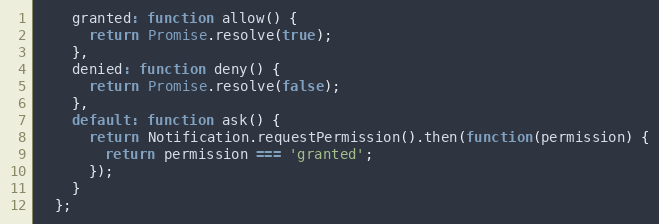
Language: JavaScript
    granted: function allow() {
      return Promise.resolve(true);
    },
    denied: function deny() {
      return Promise.resolve(false);
    },
    default: function ask() {
      return Notification.requestPermission().then(function(permission) {
        return permission === 'granted';
      });
    }
  };